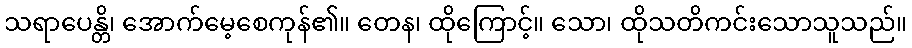
သရာပေန္တိ၊ အောက်မေ့စေကုန်၏။ တေန၊ ထိုကြောင့်။ သော၊ ထိုသတိကင်းသောသူသည်။